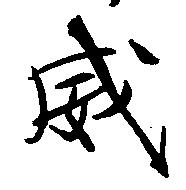
威